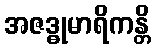
အဇဒ္ဓုမာရိကန္တိ